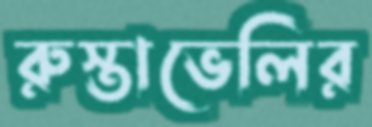
রুস্তাভেলির